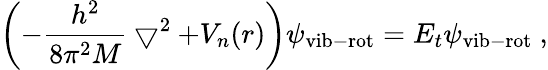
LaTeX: \left(-\frac{h^{2}}{8\pi^{2}M}\bigtriangledown^{2}+V_{n}(r)\right)\psi_{\mathrm{vib-rot}}=E_{t}\psi_{\mathrm{vib-rot}}~,